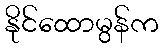
နိုင်ထောမွန်က